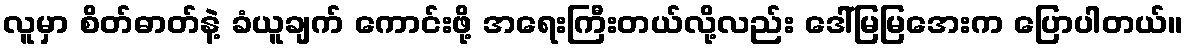
လူမှာ စိတ်ဓာတ်နဲ့ ခံယူချက် ကောင်းဖို့ အရေးကြီးတယ်လို့လည်း ဒေါ်မြမြအေးက ပြောပါတယ်။